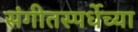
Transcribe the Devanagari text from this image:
संगीतस्पर्धेच्या